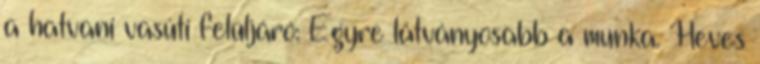
a hatvani vasúti felüljáró: Egyre látványosabb a munka. Heves